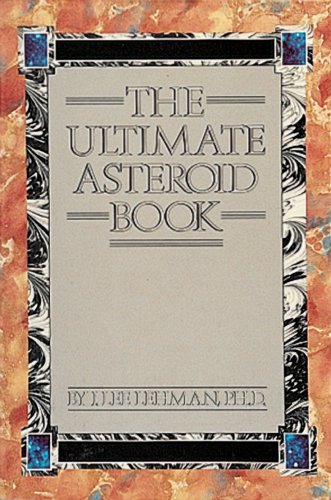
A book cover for The Ultimate Asteroid Book; J. Lee Lehman; Science & Math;